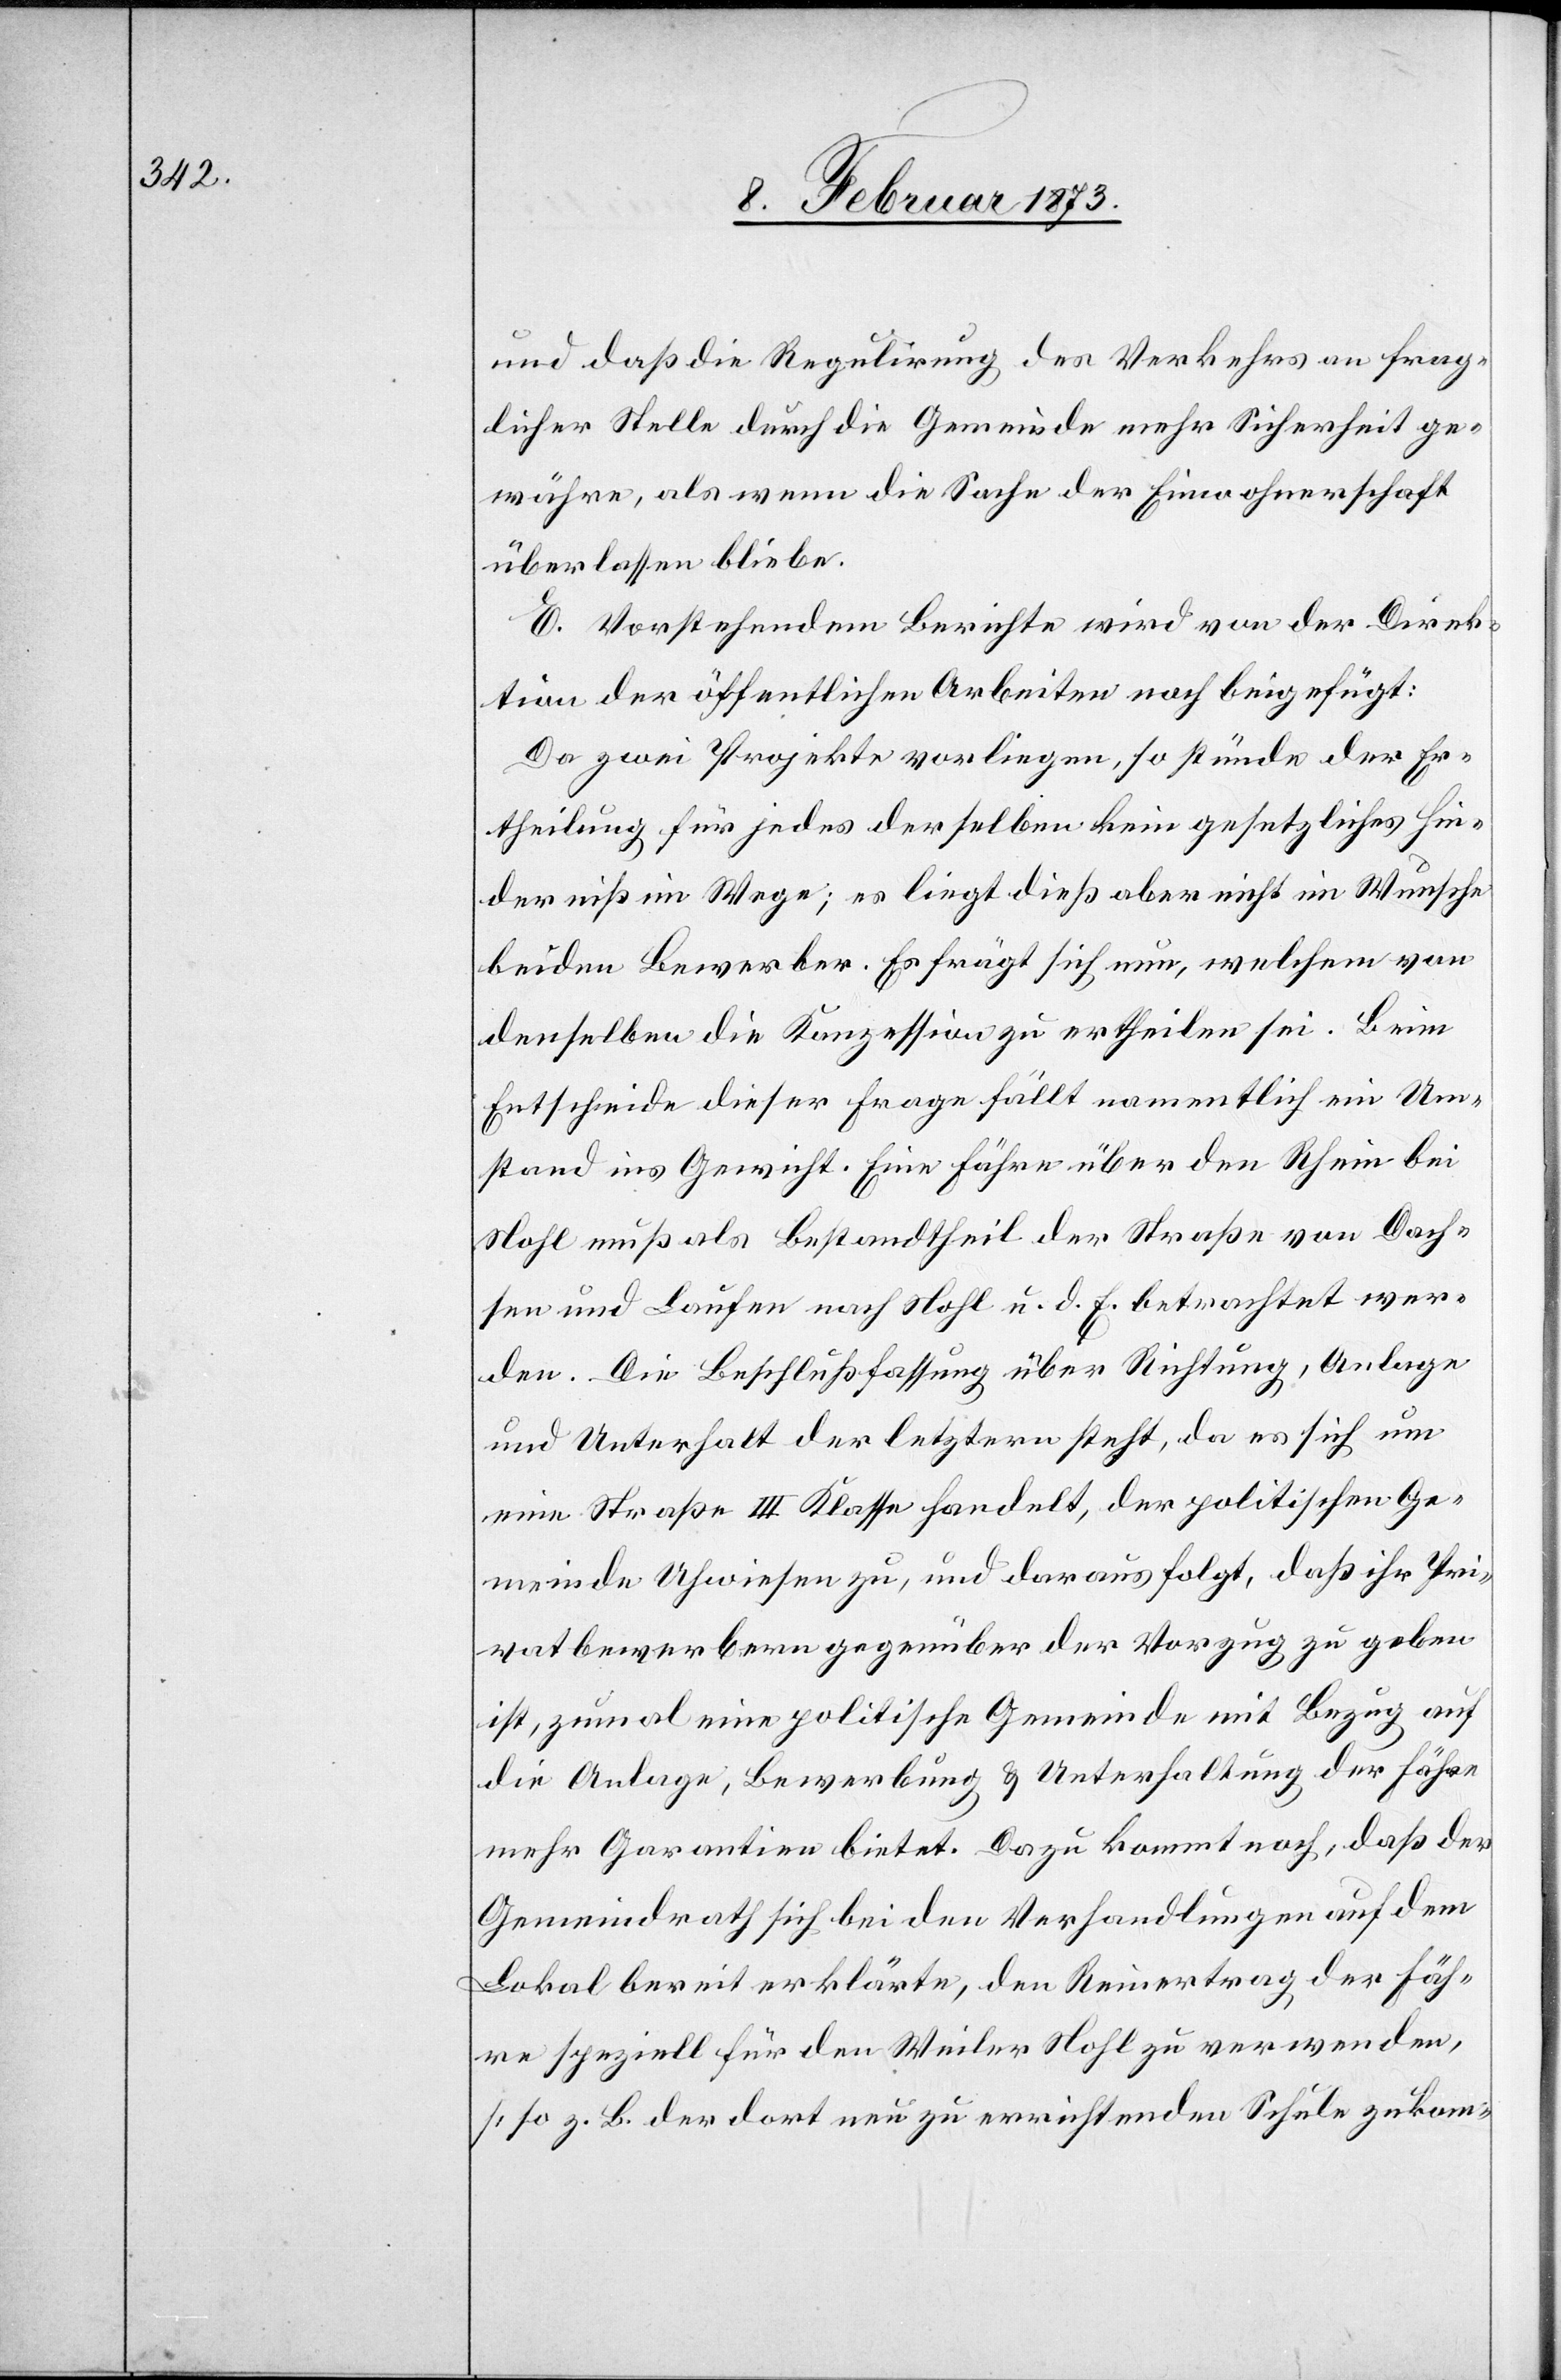
und daß die Regulirung des Verkehrs an frag¬
licher Stelle durch die Gemeinde mehr Sicherheit ge¬
währe, als wenn die Sache der Einwohnerschaft
überlassen bleibe.
E. Vorstehendem Berichte wird von der Direk¬
tion der öffentlichen Arbeiten noch beigefügt:
Da zwei Projekte vorliegen, so stünde der Er¬
theilung für jedes derselben kein gesetzliches Hin¬
derniß im Wege; es liegt dieß aber nicht im Wunsche
beider] Bewerber. Es frägt sich nun, welchem von
denselben die Konzession zu ertheilen sei. Beim
Entscheide dieser Frage fällt namentlich ein Um¬
stand ins Gewicht. Eine Fähre über den Rhein bei
Nohl muß als Bestandtheil der Straße von Dach¬
sen und Laufen nach Nohl u. d. F. betrachtet wer¬
den. Die Beschlußfassung über Richtung, Anlage
und Unterhalt der letztern steht, da es sich um
eine Straße III Klasse handelt, der politischen Ge¬
meinde Uhwiesen zu, und daraus folgt, daß ihr Pri¬
vatbewerbern gegenüber der Vorzug zu geben
ist, zumal eine politische Gemeinde mit Bezug auf
die Anlage, Bewerbung u. Unterhaltung der Fähre
mehr Garantien bietet. Dazu kommt noch, daß der
Gemeindrath sich bei den Verhandlungen auf dem
Lokal bereit erklärte, den Reinertrag der Fäh¬
re speziell für den Weiler Nohl zu verwenden,
[so z. B. der dort neu zu errichtenden Schule zukom-